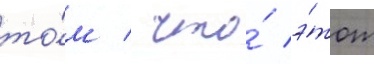
то́м / что́ э́тот